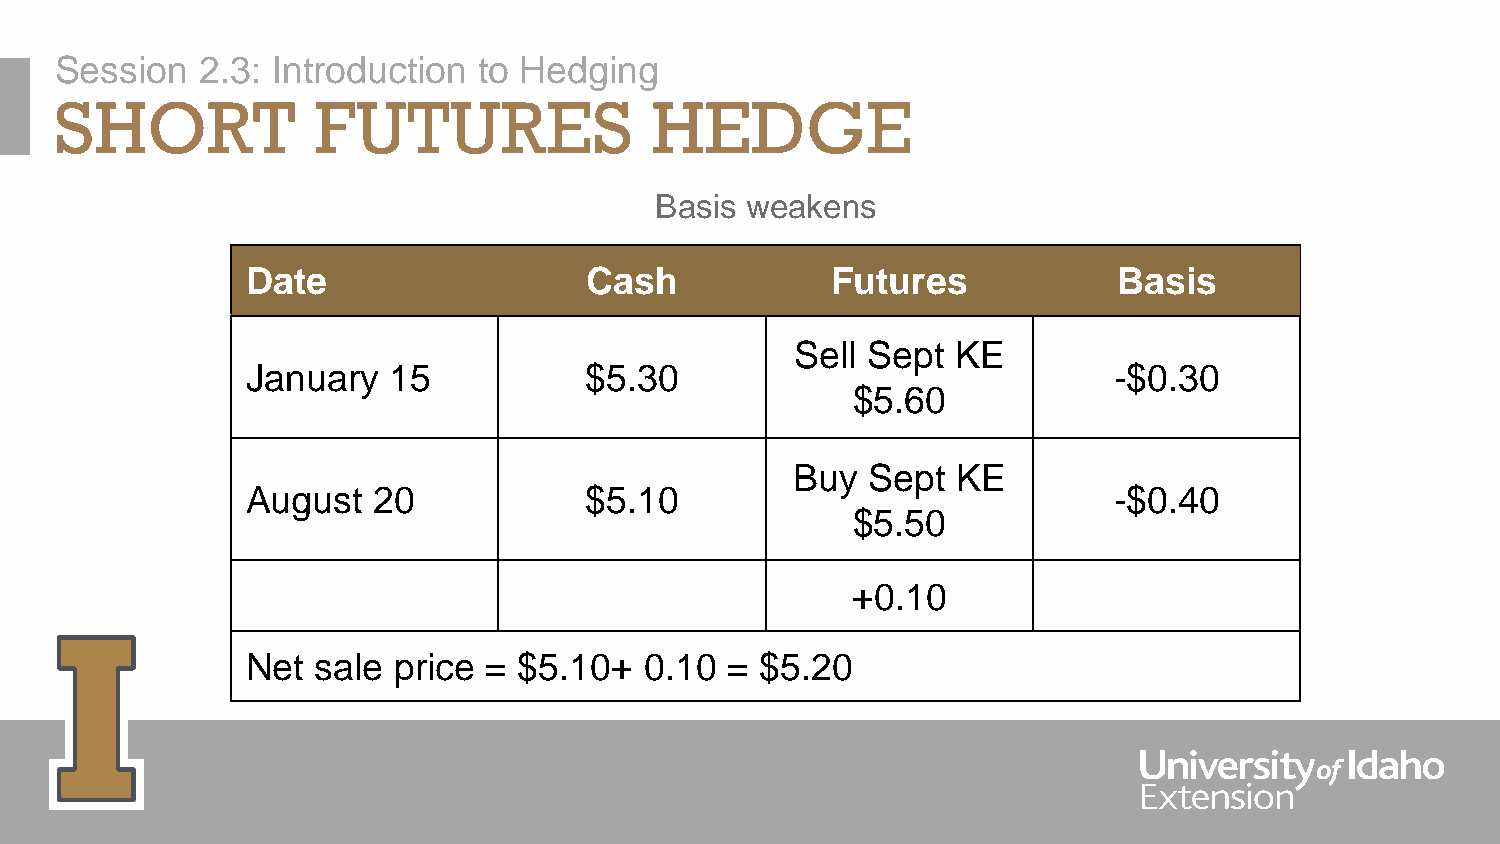
Session  2.3: Introduction  to Hedging
 SHORT            FUTURES               HEDGE
 Basis weakens
 Date                   Cash            Futures            Basis
 Sell Sept KE
 January   15           $5.30                              -$0.30
 $5.60
 Buy Sept  KE
 August   20            $5.10                              -$0.40
 $5.50
 +0.10
 Net  sale price = $5.10+   0.10 = $5.20